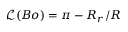
\mathscr { L } ( B o ) = \pi - { R _ { r } } / { R }